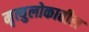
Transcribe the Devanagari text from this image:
मृत्युलोकातील